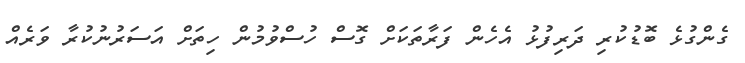
ގެންގުޅެ ބޮޑުކުރި ދަރިފުޅު އެހެން ފަރާތަކަށް ގޮސް ހުސްވުމުން ހިތަށް އަސަރުނުކުރާ ވަރެއް